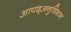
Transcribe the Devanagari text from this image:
आपद्अनुविभाग